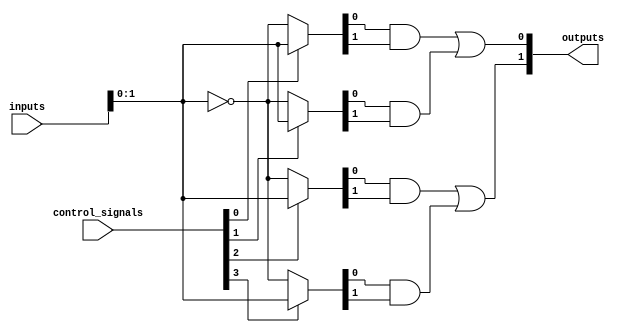
module FusedPAL (
    input wire [N-1:0] inputs,         // Input lines
    input wire [M-1:0] control_signals, // Control signals for programming the AND array
    output wire [P-1:0] outputs         // Output lines
);
    parameter N = 4; // Number of input lines
    parameter M = 8; // Number of AND gates
    parameter P = 2; // Number of output lines

    // Programmable AND array
    wire [M-1:0] and_outputs; // Outputs of AND gates
    wire [N-1:0] programmed_inputs [0:M-1]; // Programmed inputs for each AND gate

    // Example of programming the AND gates
    // This can be replaced with actual programming logic
    generate
        genvar i;
        for (i = 0; i < M; i = i + 1) begin: and_gate
            assign programmed_inputs[i] = (control_signals[i]) ? inputs : ~inputs; // Example connection
            assign and_outputs[i] = programmed_inputs[i][0] & programmed_inputs[i][1]; // Simple AND operation
        end
    endgenerate

    // Shared OR array
    wire [P-1:0] or_outputs; // Outputs of OR gates

    // Example of combining AND outputs into OR outputs
    assign or_outputs[0] = and_outputs[0] | and_outputs[1]; // Example OR operation for output 0
    assign or_outputs[1] = and_outputs[2] | and_outputs[3]; // Example OR operation for output 1

    // Assign output lines
    assign outputs = or_outputs;

endmodule